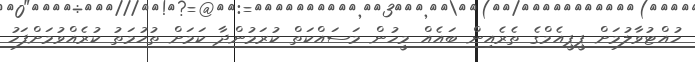
ހުއްޓުވާލުމަށް ޕީޕީއެމްގެ ތެރެއިން ބައެއް މީހުން މަސައްކަތް ކުރަމުންދާ ކަމަށް ތުހުމަތު ކުރެއްވުމަށްފަހު